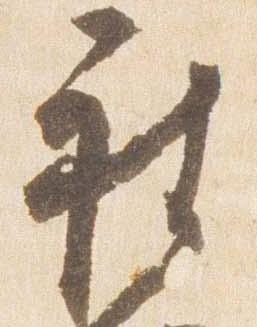
被